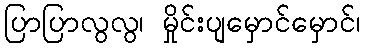
ပြာပြာလွလွ၊ မှိုင်းပျမှောင်မှောင်၊